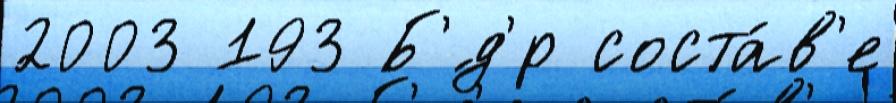
2003 193 Б'́д'р соста́в'е